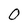
Character: 0